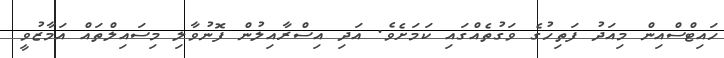
ހައިޓްސްއިން މިއަދު ފަތިހުގެ ވަގުތެއްގައި ކަމަށެވެ. އަދި އިސްރާއިލުން ފޮނުވާލި މިސައިލްތައް އަމާޒުވީ